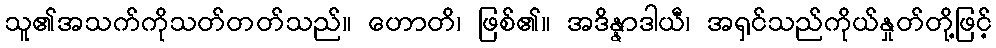
သူ၏အသက်ကိုသတ်တတ်သည်။ ဟောတိ၊ ဖြစ်၏။ အဒိန္နာဒါယီ၊ အရှင်သည်ကိုယ်နှုတ်တို့ဖြင့်